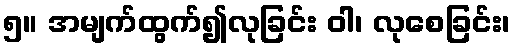
၅။ အမျက်ထွက်၍လုခြင်း ဝါ၊ လုစေခြင်း၊